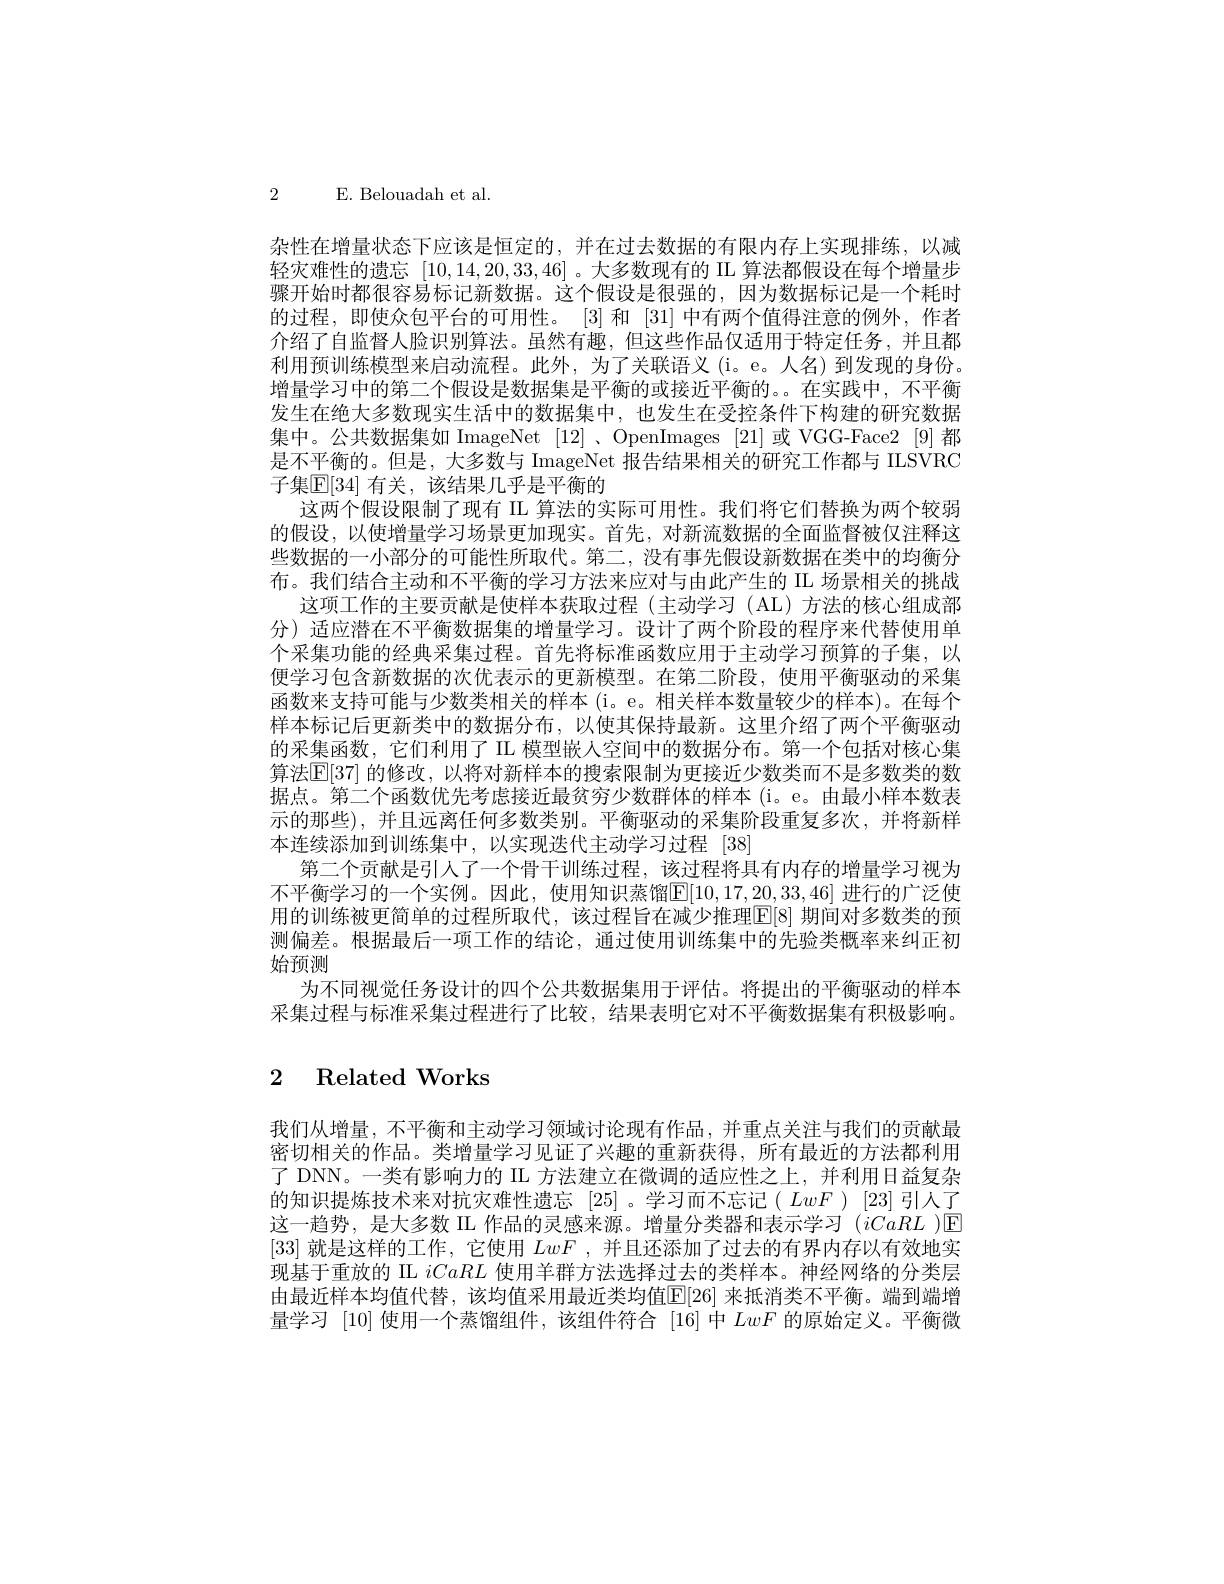
2 E. Belouadah et al.

杂性在增量状态下应该是恒定的，并在过去数据的有限内存上实现排练，以减轻灾难性的遗忘[10,14,20,33,46]。大多数现有的 IIL 算法都假设在每个增量步骤开始时都很容易标记新数据。这个假设是很强的，因为数据标记是一个耗时的过程，即使众包平台的可用性。[3] 和 [31] 中有两个值得注意的例外，作者介绍了自监督人脸识别算法。虽然有趣，但这些作品仅适用于特定任务，并且都利用预训练模型来启动流程。此外，为了关联语义(i。e。人名) 到发现的身份。增量学习中的第二个假设是数据集是平衡的或接近平衡的。。在实践中，不平衡发生在绝大多数现实生活中的数据集中，也发生在受控条件下构建的研究数据集中。公共数据集如 ImageNet [12]、OpenImages [21]或 VGG-Face2 [9]都是不平衡的。但是，大多数与 ImageNet 报告结果相关的研究工作都与 IILSVRC 子集E[34] 有关，该结果几乎是平衡的
这两个假设限制了现有 IL 算法的实际可用性。我们将它们替换为两个较弱的假设，以使增量学习场景更加现实。首先，对新流数据的全面监督被仅注释这些数据的一小部分的可能性所取代。第二，没有事先假设新数据在类中的均衡分布。我们结合主动和不平衡的学习方法来应对与由此产生的 IIL 场景相关的挑战
这项工作的主要贡献是使样本获取过程(主动学习(AL)方法的核心组成部分) 适应潜在不平衡数据集的增量学习。设计了两个阶段的程序来代替使用单个采集功能的经典采集过程。首先将标准函数应用于主动学习预算的子集，以便学习包含新数据的次优表示的更新模型。在第二阶段，使用平衡驱动的采集函数来支持可能与少数类相关的样本(i。e。相关样本数量较少的样本)。在每个样本标记后更新类中的数据分布，以使其保持最新。这里介绍了两个平衡驱动的采集函数，它们利用了 II 模型嵌人空间中的数据分布。第一个包括对核心集算法[E[37] 的修改，以将对新样本的搜索限制为更接近少数类而不是多数类的数据点。第二个函数优先考虑接近最贫穷少数群体的样本 (i。e。由最小样本数表示的那些),并且远离任何多数类别。平衡驱动的采集阶段重复多次，并将新样本连续添加到训练集中，以实现迭代主动学习过程[38]
第二个贡献是引人了一个骨干训练过程，该过程将具有内存的增量学习视为不平衡学习的一个实例。因此，使用知识蒸馏$\boxed{\mathrm{E}}[10,17,20,33,46]$ 进行的广泛使用的训练被更简单的过程所取代，该过程旨在减少推理$[\mathbb{E}[8]$ 期间对多数类的预测偏差。根据最后一项工作的结论，通过使用训练集中的先验类概率来纠正初始预测
为不同视觉任务设计的四个公共数据集用于评估。将提出的平衡驱动的样本采集过程与标准采集过程进行了比较，结果表明它对不平衡数据集有积极影响。

# 2 Related Works

我们从增量，不平衡和主动学习领域讨论现有作品，并重点关注与我们的贡献最密切相关的作品。类增量学习见证了兴趣的重新获得，所有最近的方法都利用了 DNN。一类有影响力的 IL 方法建立在微调的适应性之上，并利用日益复杂的知识提炼技术来对抗灾难性遗忘[25]。学习而不忘记(LwF)[23]引人了这一趋势，是大多数 IL 作品的灵感来源。增量分类器和表示学习$(iCaRL)$E [33]就是这样的工作，它使用LwF ,并且还添加了过去的有界内存以有效地实现基于重放的 II iCaRL使用羊群方法选择过去的类样本。神经网络的分类层由最近样本均值代替，该均值采用最近类均值$\mathbb{E}[26]$ 来抵消类不平衡。端到端增量学习[10]使用一个蒸馏组件，该组件符合[16]中LwF的原始定义。平衡微